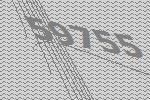
59755